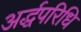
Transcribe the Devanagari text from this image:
अर्द्धपरिधि